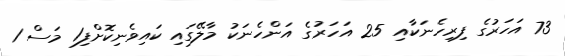
73 އަހަރުގެ ފިރިހެނަކާއި 25 އަހަރުގެ އަންހެނަކު މާލޭގައި ކައިވެނިކޮށްފި1 މަސް 1